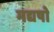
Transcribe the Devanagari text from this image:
मद्यषो